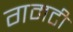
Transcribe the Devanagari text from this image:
गमटी